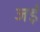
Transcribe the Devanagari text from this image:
जईं